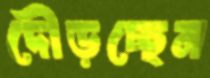
দৌড়চ্ছেন